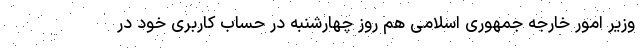
وزیر امور خارجه جمهوری اسلامی هم روز چهارشنبه در حساب کاربری خود در